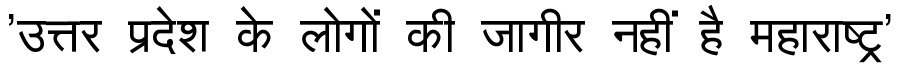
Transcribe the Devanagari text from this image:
'उत्तर प्रदेश के लोगों की जागीर नहीं है महाराष्ट्र'